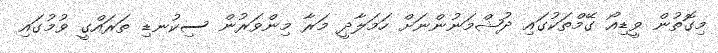
މިގޮތުން ވީޑިއޯ ގޭމްތަކުގައި ދުޝްމަނުންނަށް ހަމަލާދީ މަރާ މިންވަރުން ސިކުނޑި ތަރައްގީ ވުމުގައި